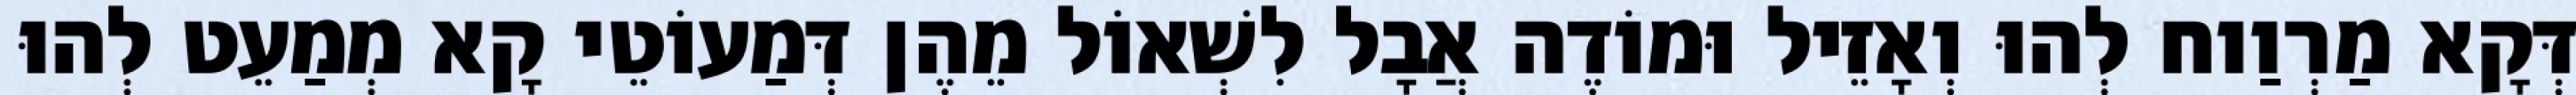
דְּקָא מַרְוַוח לְהוּ וְאָזֵיל וּמוֹדֶה אֲבָל לִשְׁאוֹל מֵהֶן דְּמַעוֹטֵי קָא מְמַעֵט לְהוּ